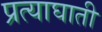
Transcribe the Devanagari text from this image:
प्रत्याघाती